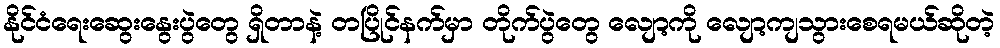
နိုင်ငံရေးဆွေးနွေးပွဲတွေ ရှိတာနဲ့ တပြိုင်နက်မှာ တိုက်ပွဲတွေ လျော့ကို လျော့ကျသွားစေရမယ်ဆိုတဲ့